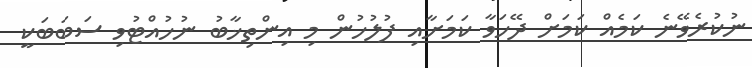
ނުކުރެވޭނެ ކަމެއް ކަމަށް ދޭހަވާ ކަމަށާއި ފުލުހުން މި އިންތިޚާބު ނުހުއްޓުވި ސަބަބަކީ